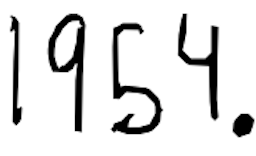
Text: 1954.
Cross-out: clean
Writing tool: digital_black